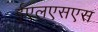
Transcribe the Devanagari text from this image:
ईएलएसएस